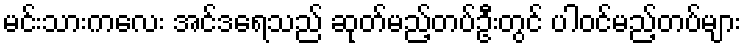
မင်းသားကလေး အင်ဒရေသည် ဆုတ်မည့်တပ်ဦးတွင် ပါဝင်မည့်တပ်များ